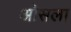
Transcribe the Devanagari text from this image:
ओसला